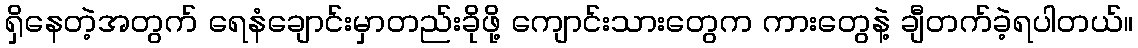
ရှိနေတဲ့အတွက် ရေနံချောင်းမှာတည်းခိုဖို့ ကျောင်းသားတွေက ကားတွေနဲ့ ချီတက်ခဲ့ရပါတယ်။